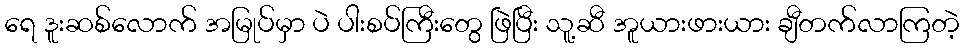
ရေ ဒူးဆစ်လောက် အမြုပ်မှာ ပဲ ပါးစပ်ကြီးတွေ ဖြဲပြီး သူ့ဆီ အူယားဖားယား ချီတက်လာကြတဲ့